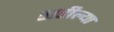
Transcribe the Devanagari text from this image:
राहील्या